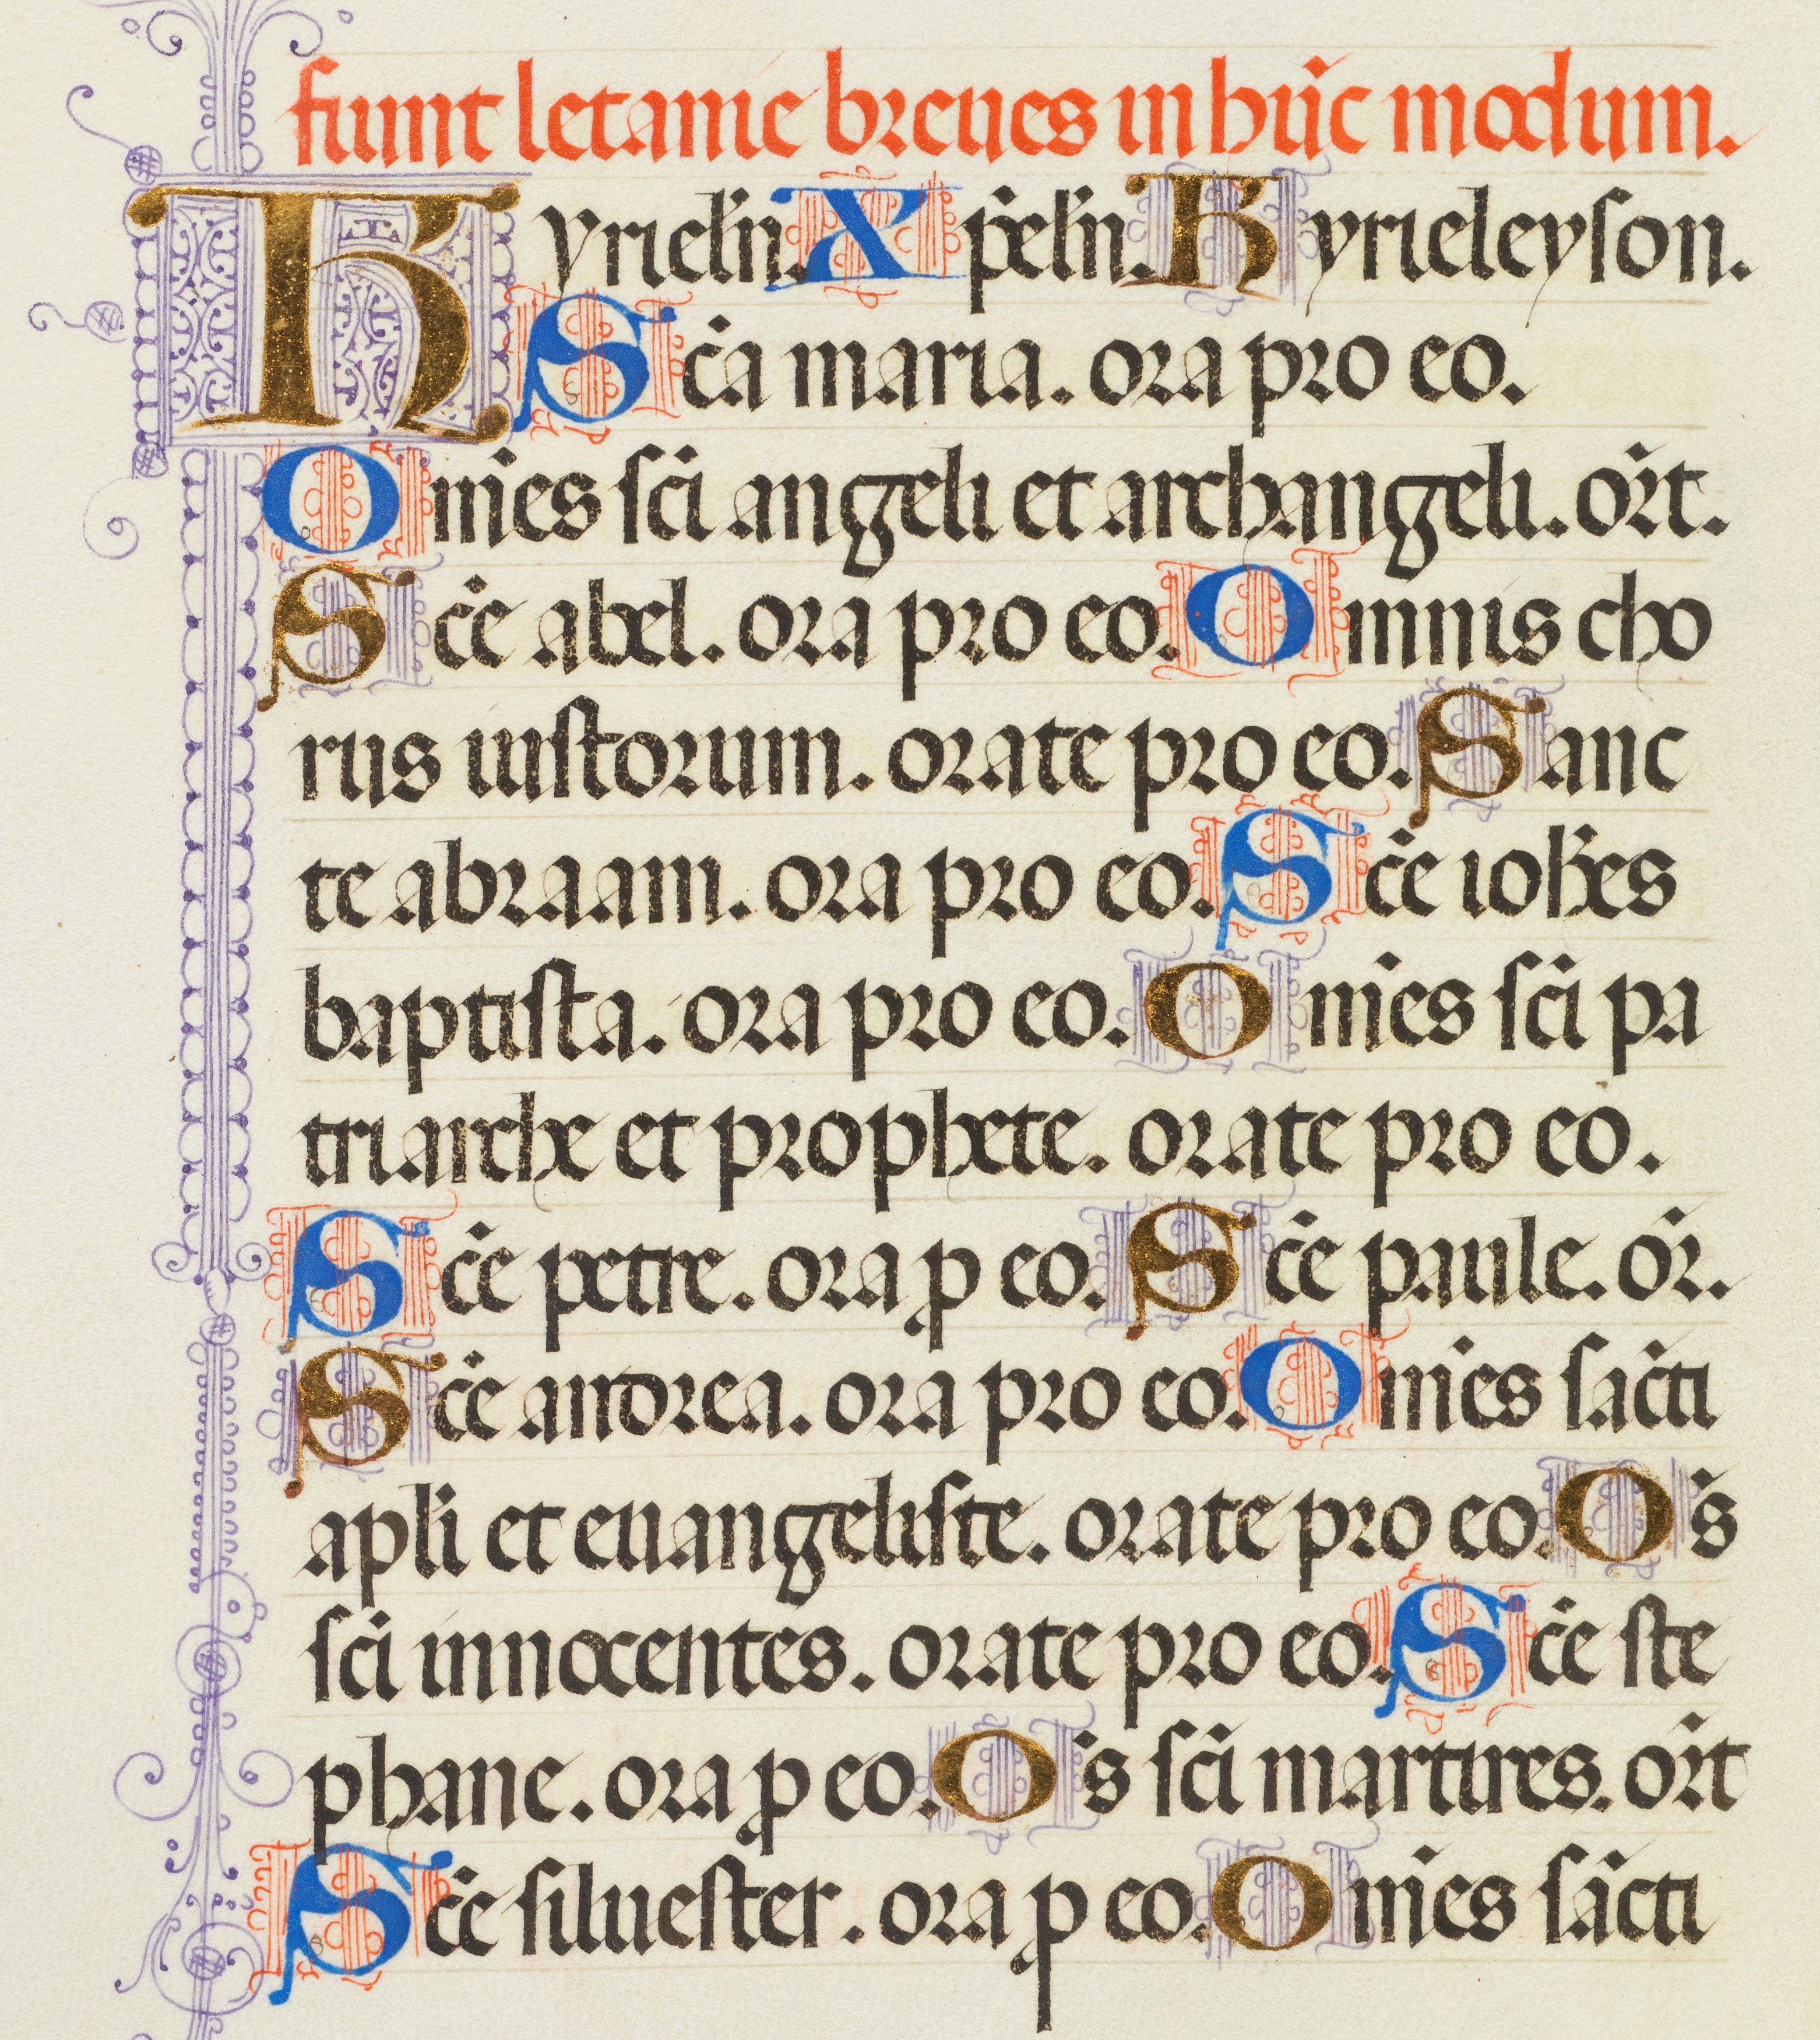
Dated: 1455–1599